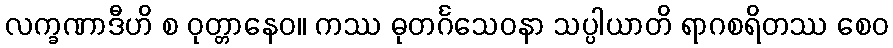
လက္ခဏာဒီဟိ စ ဝုတ္တာနေဝ။ ကဿ ဓုတင်္ဂသေဝနာ သပ္ပါယာတိ ရာဂစရိတဿ စေဝ